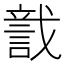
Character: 𧨺